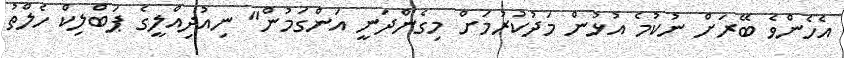
އެހެންވެ ބޭރަށް ނުކުމެ އުޅުން މަދުކުރުމަށް މިގެންދަނީ އަންގަމުން" ނިއުދިއްލީގެ ޕަބްލިކް ހެލްތު